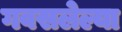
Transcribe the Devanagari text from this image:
गवसलेल्या